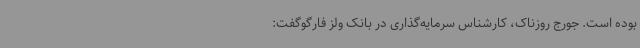
بوده است. جورج روزناک، کارشناس سرمایه‌گذاری در بانک ولز فارگوگفت: